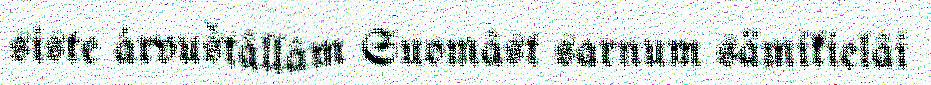
siste árvuštâllâm Suomâst sarnum sämikielâi